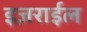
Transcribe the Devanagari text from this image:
इज़राईल